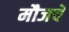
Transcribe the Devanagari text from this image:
मौजचे